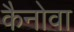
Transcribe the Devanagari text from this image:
कैनोवा